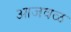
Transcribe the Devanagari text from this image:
आजवळ